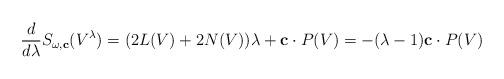
LaTeX: \begin{align*}\frac{d}{d\lambda}S_{\omega,\mathbf{c}}(V^{\lambda})=(2L(V)+2N(V))\lambda +\mathbf{c}\cdot P(V)=-(\lambda -1)\mathbf{c}\cdot P(V)\end{align*}